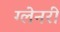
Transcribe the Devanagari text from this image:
ग्‍लेनरी